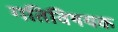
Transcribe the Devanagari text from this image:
गतिविषयक